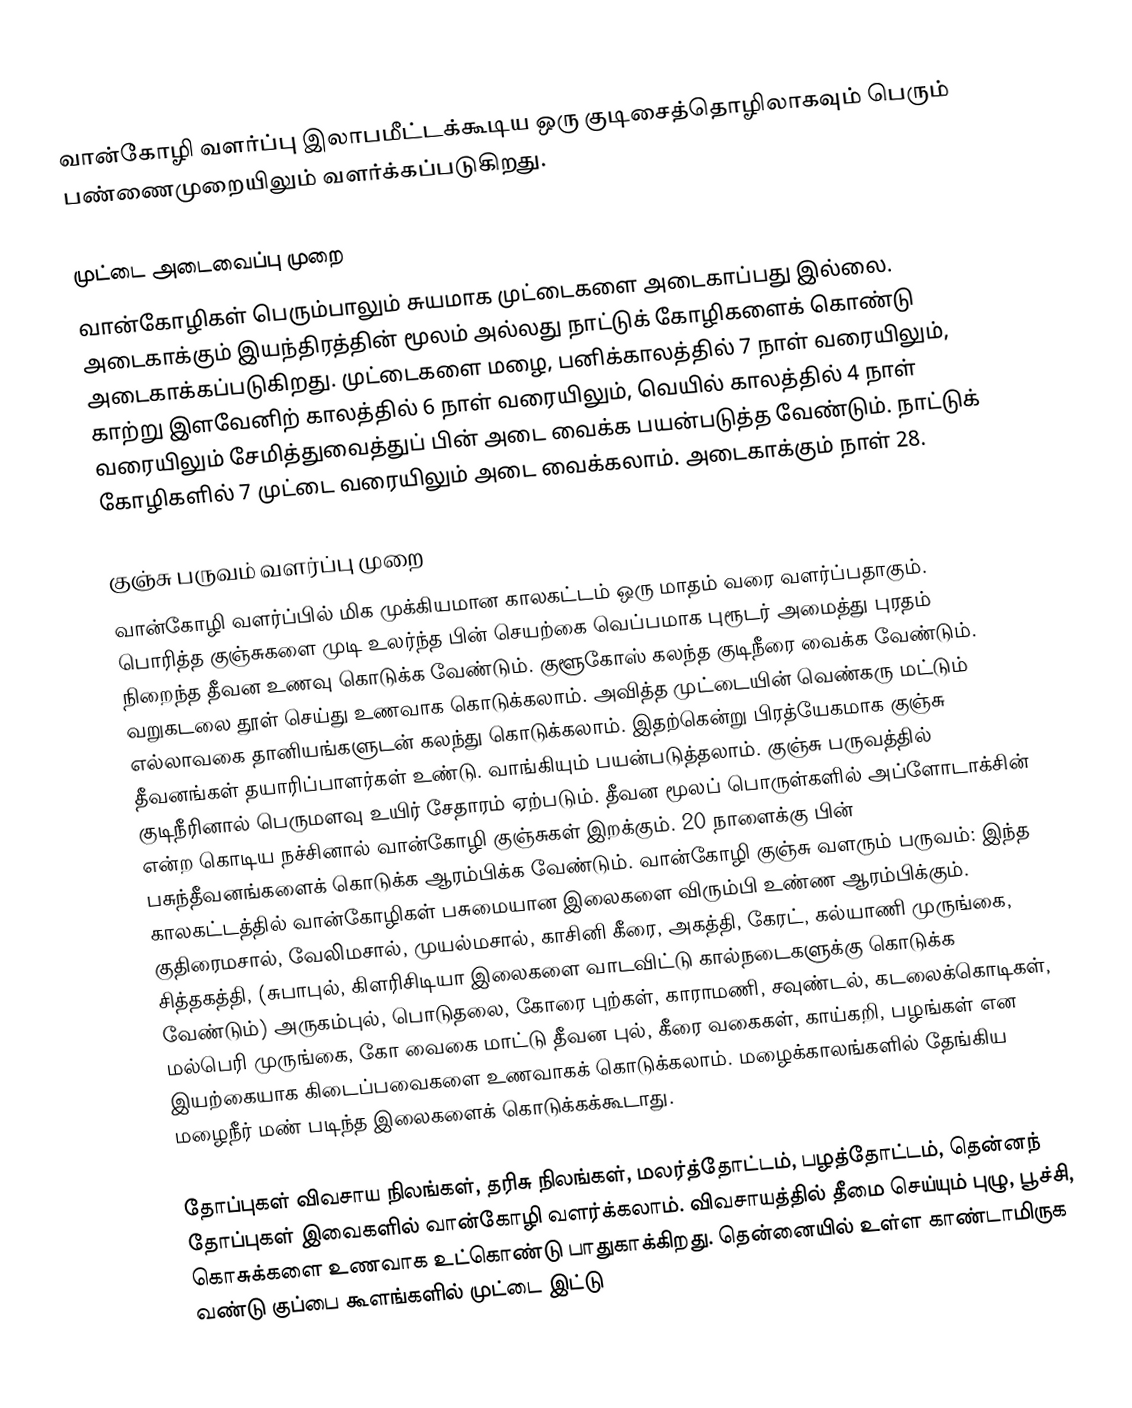
வான்கோழி வளர்ப்பு இலாபமீட்டக்கூடிய ஒரு குடிசைத்தொழிலாகவும் பெரும் பண்ணைமுறையிலும் வளர்க்கப்படுகிறது.

முட்டை அடைவைப்பு முறை
வான்கோழிகள் பெரும்பாலும் சுயமாக முட்டைகளை அடைகாப்பது இல்லை. அடைகாக்கும் இயந்திரத்தின் மூலம் அல்லது நாட்டுக் கோழிகளைக் கொண்டு அடைகாக்கப்படுகிறது. முட்டைகளை மழை, பனிக்காலத்தில் 7 நாள் வரையிலும், காற்று இளவேனிற் காலத்தில் 6 நாள் வரையிலும், வெயில் காலத்தில் 4 நாள் வரையிலும் சேமித்துவைத்துப் பின்   அடை வைக்க பயன்படுத்த வேண்டும். நாட்டுக் கோழிகளில் 7 முட்டை வரையிலும் அடை வைக்கலாம். அடைகாக்கும் நாள் 28.

குஞ்சு பருவம் வளர்ப்பு முறை
வான்கோழி வளர்ப்பில் மிக முக்கியமான காலகட்டம் ஒரு மாதம் வரை வளர்ப்பதாகும். பொரித்த குஞ்சுகளை முடி உலர்ந்த பின் செயற்கை வெப்பமாக புரூடர் அமைத்து புரதம் நிறைந்த தீவன உணவு கொடுக்க வேண்டும். குளூகோஸ் கலந்த குடிநீரை வைக்க வேண்டும். வறுகடலை தூள் செய்து உணவாக கொடுக்கலாம். அவித்த முட்டையின் வெண்கரு மட்டும் எல்லாவகை தானியங்களுடன் கலந்து கொடுக்கலாம். இதற்கென்று பிரத்யேகமாக குஞ்சு தீவனங்கள் தயாரிப்பாளர்கள் உண்டு. வாங்கியும் பயன்படுத்தலாம். குஞ்சு பருவத்தில் குடிநீரினால் பெருமளவு உயிர் சேதாரம் ஏற்படும். தீவன மூலப் பொருள்களில் அப்ளோடாக்சின் என்ற கொடிய நச்சினால் வான்கோழி குஞ்சுகள் இறக்கும். 20 நாளைக்கு பின் பசுந்தீவனங்களைக் கொடுக்க ஆரம்பிக்க வேண்டும். வான்கோழி குஞ்சு வளரும் பருவம்: இந்த காலகட்டத்தில் வான்கோழிகள் பசுமையான இலைகளை விரும்பி உண்ண ஆரம்பிக்கும். குதிரைமசால், வேலிமசால், முயல்மசால், காசினி கீரை, அகத்தி, கேரட், கல்யாணி முருங்கை, சித்தகத்தி, (சுபாபுல், கிளரிசிடியா இலைகளை வாடவிட்டு கால்நடைகளுக்கு கொடுக்க வேண்டும்) அருகம்புல், பொடுதலை, கோரை புற்கள், காராமணி, சவுண்டல், கடலைக்கொடிகள், மல்பெரி முருங்கை, கோ வைகை மாட்டு தீவன புல், கீரை வகைகள், காய்கறி, பழங்கள் என இயற்கையாக கிடைப்பவைகளை உணவாகக் கொடுக்கலாம். மழைக்காலங்களில் தேங்கிய மழைநீர் மண் படிந்த இலைகளைக் கொடுக்கக்கூடாது.

தோப்புகள் விவசாய நிலங்கள், தரிசு நிலங்கள், மலர்த்தோட்டம், பழத்தோட்டம், தென்னந் தோப்புகள் இவைகளில் வான்கோழி வளர்க்கலாம். விவசாயத்தில் தீமை செய்யும் புழு, பூச்சி, கொசுக்களை உணவாக உட்கொண்டு பாதுகாக்கிறது. தென்னையில் உள்ள காண்டாமிருக வண்டு குப்பை கூளங்களில் முட்டை இட்டு